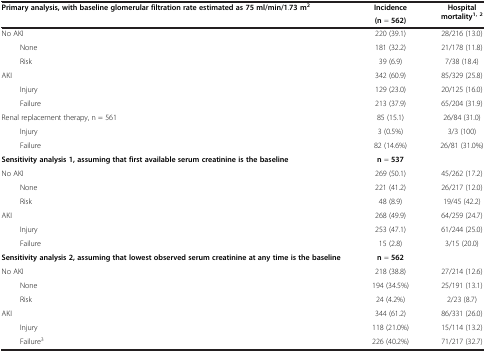
| <ROWSPAN=2> Primary analysis, with baseline glomerular filtration rate estimated as 75 ml/min/1.73 m2 | Incidence | <ROWSPAN=2> Hospital mortality1, 2 |
 | (n = 562) |
 | --- | --- | --- |
 | No AKI | 220 (39.1) | 28/216 (13.0) |
 | None | 181 (32.2) | 21/178 (11.8) |
 | Risk | 39 (6.9) | 7/38 (18.4) |
 | AKI | 342 (60.9) | 85/329 (25.8) |
 | Injury | 129 (23.0) | 20/125 (16.0) |
 | Failure | 213 (37.9) | 65/204 (31.9) |
 | Renal replacement therapy, n = 561 | 85 (15.1) | 26/84 (31.0) |
 | Injury | 3 (0.5%) | 3/3 (100) |
 | Failure | 82 (14.6%) | 26/81 (31.0%) |
 | Sensitivity analysis 1, assuming that first available serum creatinine is the baseline | n = 537 |  |
 | No AKI | 269 (50.1) | 45/262 (17.2) |
 | None | 221 (41.2) | 26/217 (12.0) |
 | Risk | 48 (8.9) | 19/45 (42.2) |
 | AKI | 268 (49.9) | 64/259 (24.7) |
 | Injury | 253 (47.1) | 61/244 (25.0) |
 | Failure | 15 (2.8) | 3/15 (20.0) |
 | Sensitivity analysis 2, assuming that lowest observed serum creatinine at any time is the baseline | n = 562 |  |
 | No AKI | 218 (38.8) | 27/214 (12.6) |
 | None | 194 (34.5%) | 25/191 (13.1) |
 | Risk | 24 (4.2%) | 2/23 (8.7) |
 | AKI | 344 (61.2) | 86/331 (26.0) |
 | Injury | 118 (21.0%) | 15/114 (13.2) |
 | Failure3 | 226 (40.2%) | 71/217 (32.7) |